Annual report on the mental hospital in the Central Provinces and Berar (Nagpur) - 1927-1951
Year: 1927
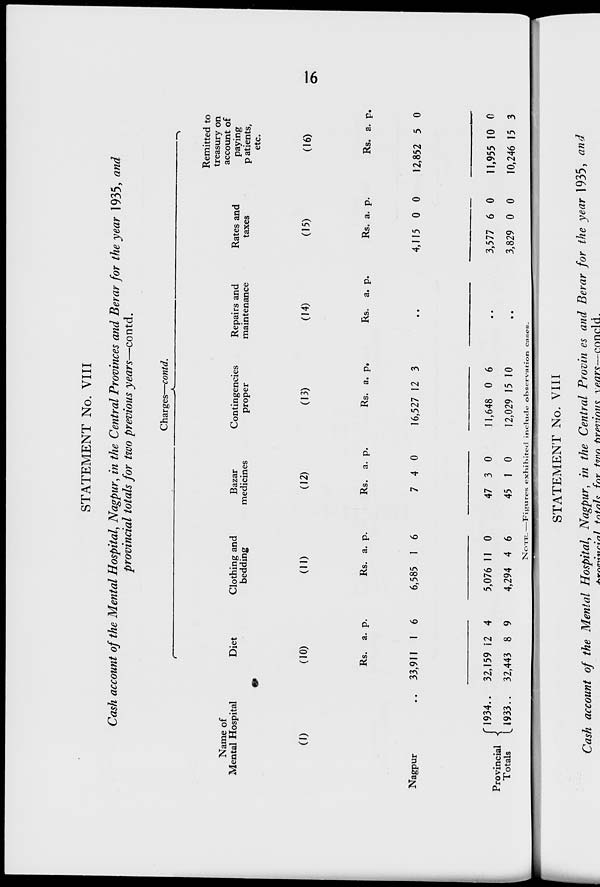
16
STATEMENT No. VIII
Cash account of the Mental Hospital, Nagpur, in the Central Provinces and Berar for the year 1935, and
provincial totals for two previous years—contd.
Name of
Mental Hospital
(1)
Nagpur ..
Provincial
Totals
1934 ..
1933 ..
Charges—contd.
Diet
(10)
Rs.
33,911
32,159
32,443
a.
1
12
8
p.
6
4
9
Clothing and
bedding
(11)
Rs.
6,585
5,076
4,294
a.
1
11
4
p.
6
0
6
Bazar
medicines
(12)
Rs.
7
47
45
a.
4
3
1
p.
0
0
0
Contingencies
proper
(13)
Rs.
16,527
11,648
12,029
a.
12
0
15
p.
3
6
10
Repairs and
maintenance
(14)
Rs. a. p.
..
..
..
Rates and
taxes
(15)
Rs.
4,115
3,577
3,829
a.
0
6
0
p.
0
0
0
Remitted to
treasury on
account of
paying
patients,
etc.
(16)
Rs.
12,852
11,955
10,246
a.
5
10
15
p.
0
0
3
NOTE.—Figures exhibited include observation cases.